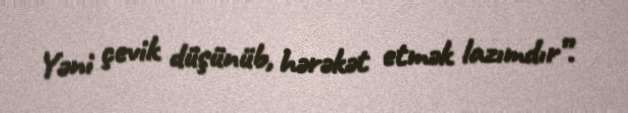
Yəni çevik düşünüb, hərəkət etmək lazımdır”.